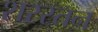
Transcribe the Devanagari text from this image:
शरस्तन